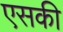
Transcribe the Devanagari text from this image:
एसकी